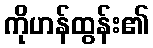
ကိုဟန်ထွန်း၏